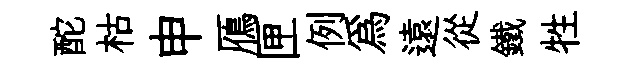
酡枯申鴈匣例為遠從鐵牲